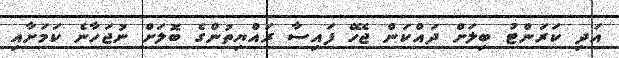
އަދި ކަރަންޓު ބިލަށް ދައްކަން ޖެހޭ ފައިސާ ރައްޔިތުންގެ ބޮލަށް ނުޖަހާނެ ކަމަށާއި